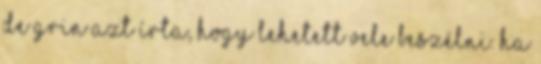
de grin azt írta, hogy lehetett vele beszélni. Ha